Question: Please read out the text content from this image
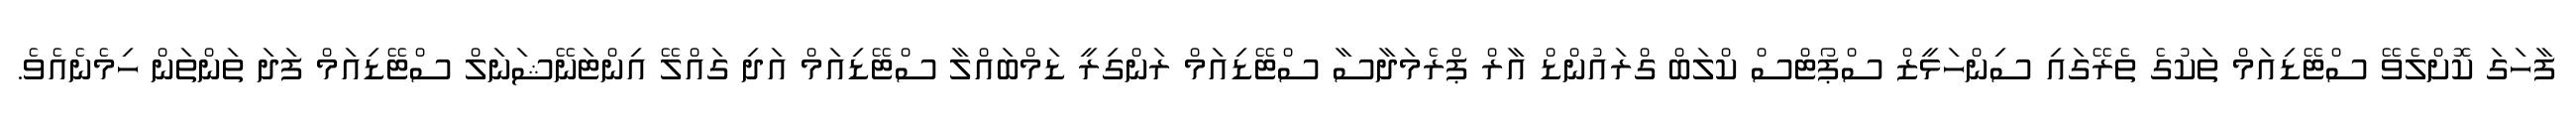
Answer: ފާހަގަ ކޮށްލެވޭ ސްޓޭޑިއަމް ތަކުގެ ތެރޭގައި ސިންހަޅީޒް ސްޕޯޓްސް ކްލަބް ގްރައުންޑް އާރް ޕްރެމަދާސާ ސްޓޭޑިއަމް ރަންގިރީ ޑަމްބައްލާ ސްޓޭޑިއަމް އަދި ގައްލޭ އިންޓަނޭޝަނަލް ސްޓޭޑިއަމް ފަދަ ތަންތަން ހިމެނެއެވެ.